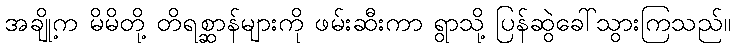
အချို့က မိမိတို့ တိရစ္ဆာန်များကို ဖမ်းဆီးကာ ရွာသို့ ပြန်ဆွဲခေါ်သွားကြသည်။